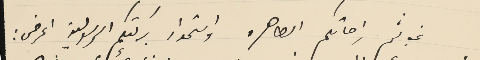
غب لثم راحاتكم الطاهره واستمداد بركتكم الرسولية اعرض :